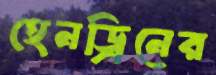
হেনড্রিনের